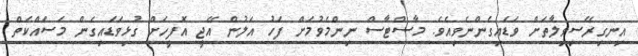
އިނގިރޭސިވިލާތަށް ވަޑައިގެންނެވިއެވެ. މާސްޓާސް ނިންމެވުމަށް ފަހު އަލުން އޭޖީ އޮފީހަށް ގުޅިވަޑައިގެން މަސައްކަތް